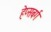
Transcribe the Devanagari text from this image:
हेप्सबर्ग